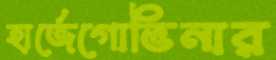
হার্জেগোভিনার